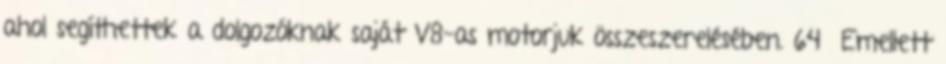
ahol segíthettek a dolgozóknak saját V8-as motorjuk összeszerelésében. 64 Emellett